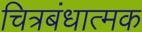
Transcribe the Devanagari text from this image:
चित्रबंधात्मक